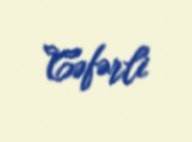
Cəfərli